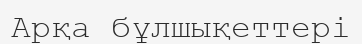
Арқа бұлшықеттері